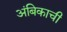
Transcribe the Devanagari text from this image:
अंबिकाची